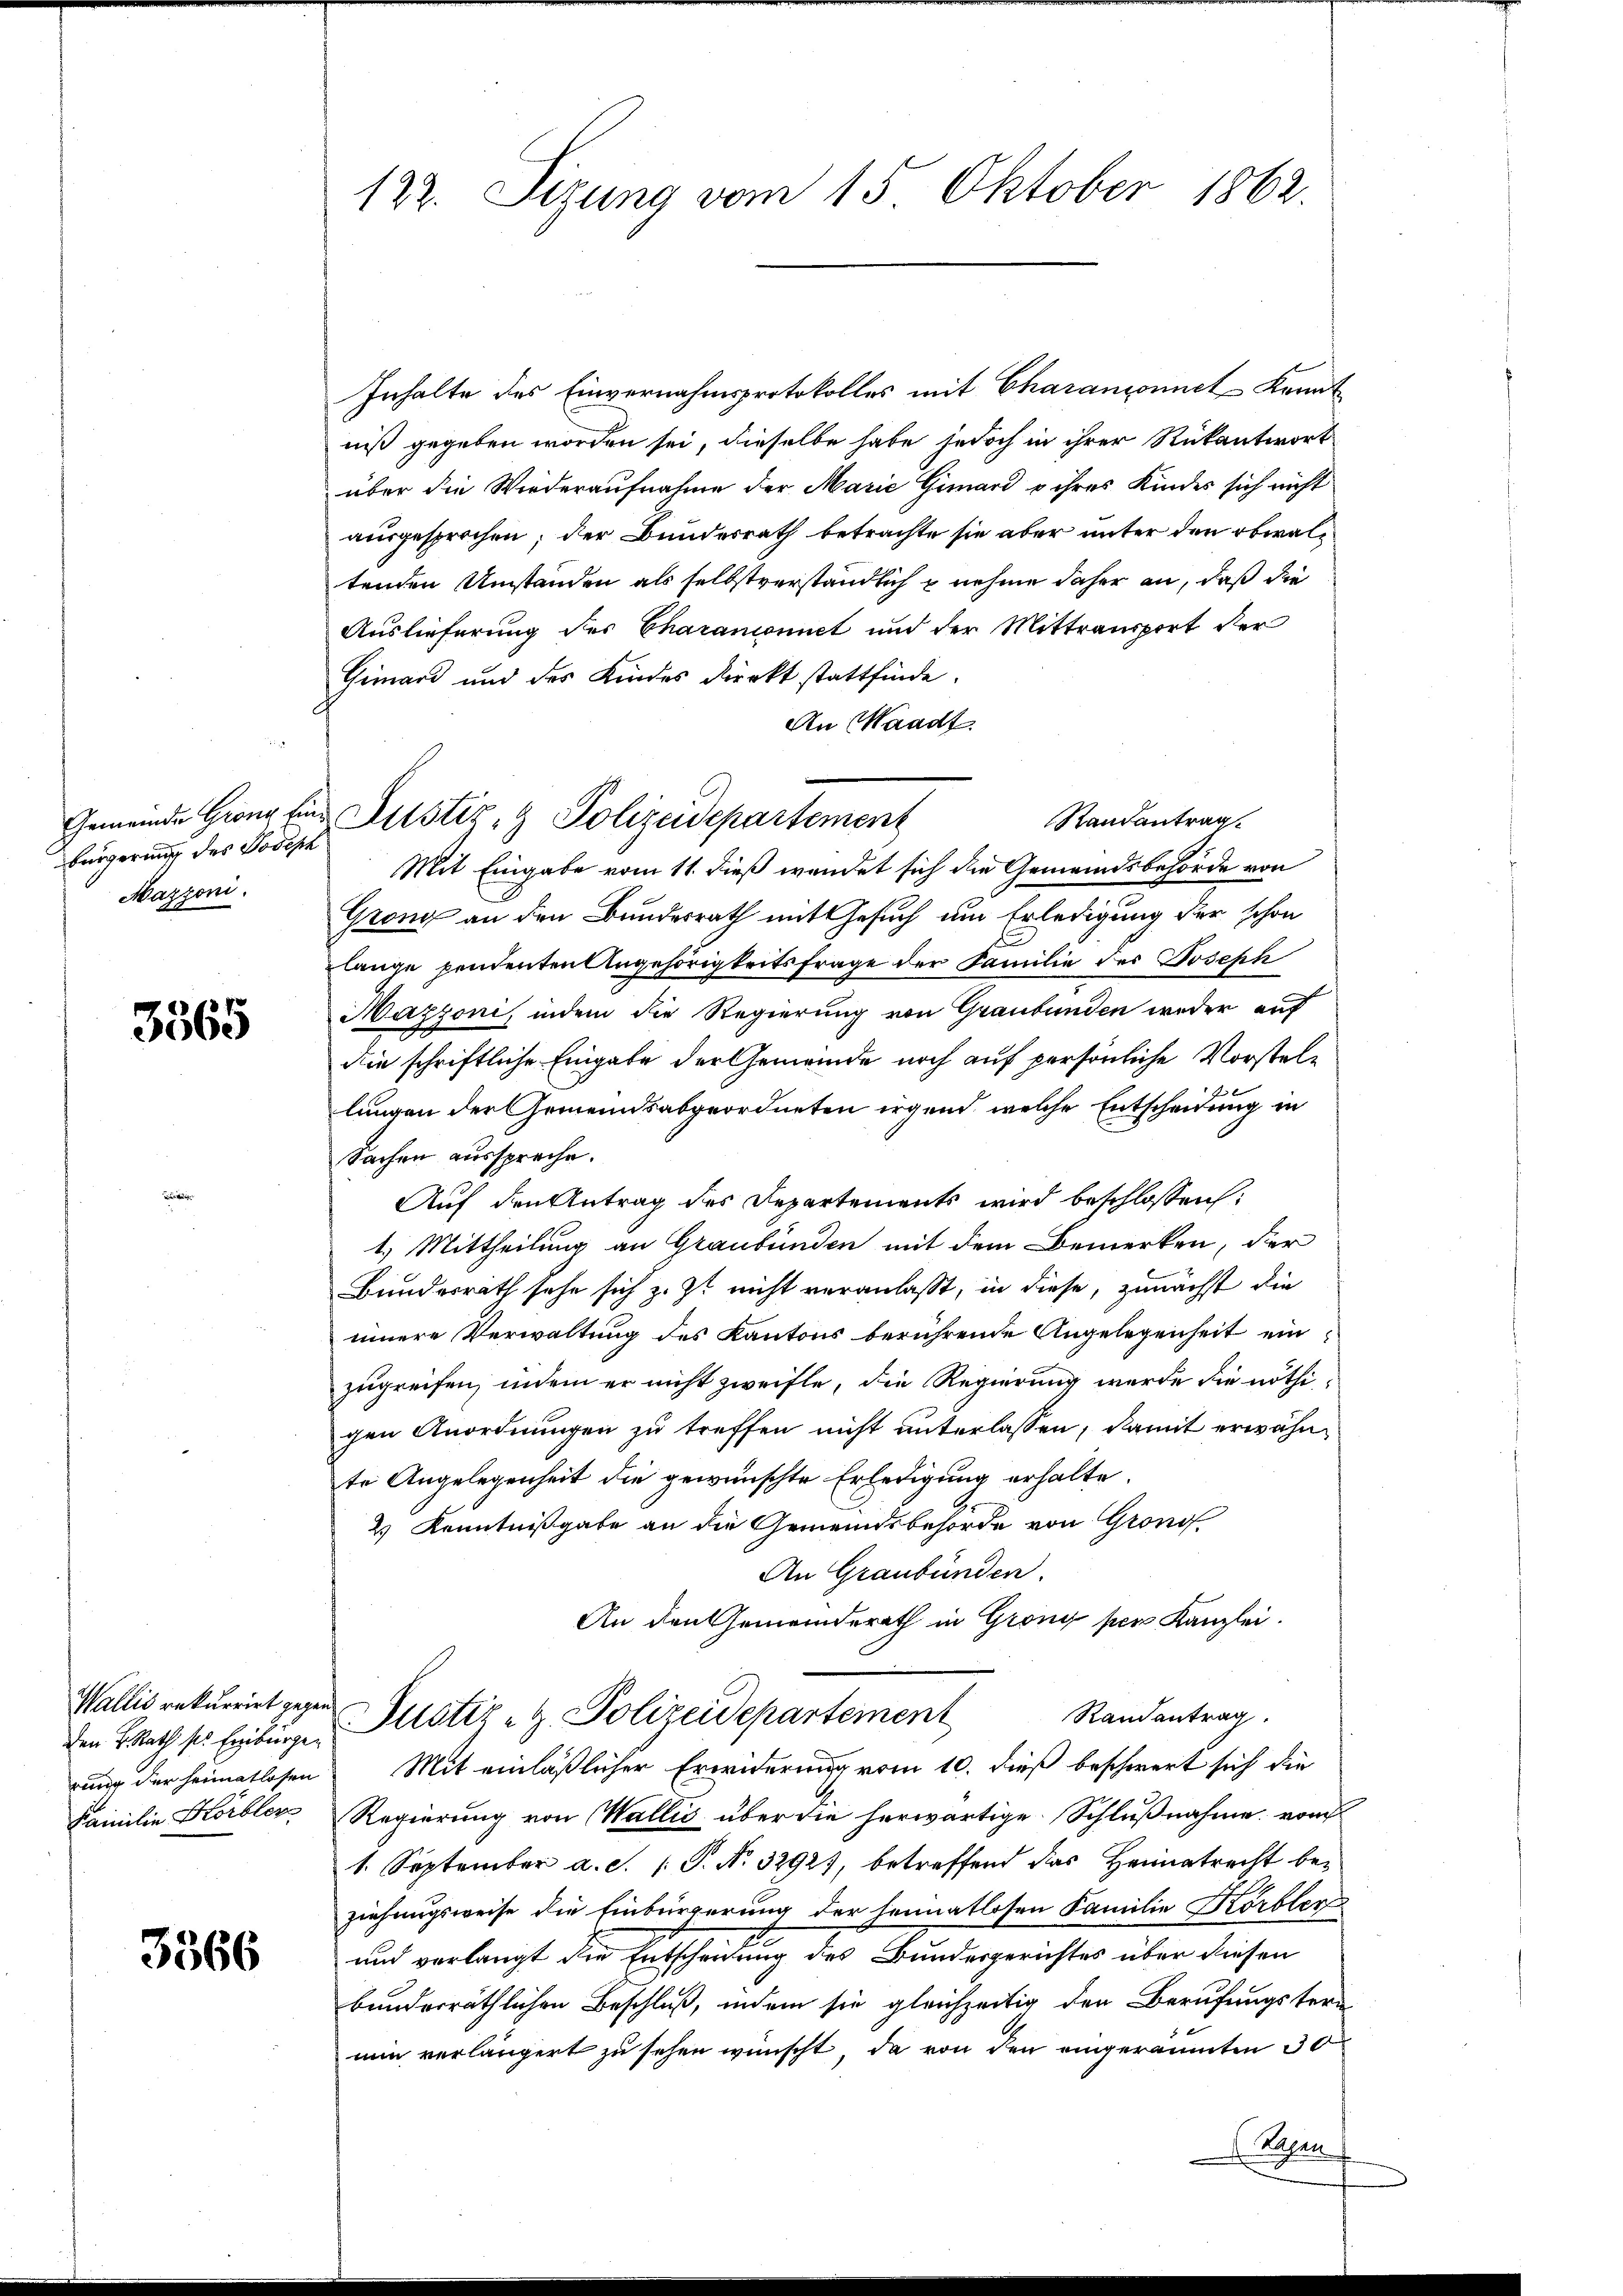
bürgerung des Joseph
Mazzoni.

3565

den B. Rath sr. Einbürger
Familie Hörbler

3366

122. Sizung vom 15. Oktober 1862.

Inhalte des Einvernahmsprotokolles mit Charansonnet kannt
niß gegeben worden sei, dieselbe habe jedoch in ihrer Rückantwort
über die Wiederaufnahme der Marie Gimari o ihres Kindes sich nicht
ausgesprochen; der Bundesrath betrachte sie aber unter den obwaltenden Umständen als selbstverständlich unehme daher an, daß die
Auslieferung des Charanionnet und der Mittransport der
Gimard und des Kindes direkt stattfinde.
An Waadt.
Randantrag
Mit Eingabe vom 11. dieß wendet sich die Gemeindsbehörde von
Grong an den Bundesrath mit Gesuch um Erledigung der schon
lange pendenten Angehörigkeits frage der Familie des Joseph
Mazzoni, indem die Regierung von Graubünden weder auf
die schriftliche Eingabe der Gemeinde noch auf persönliche Vorstellungen der Gemeindsabgeordneten irgend, welche Entscheidung in
Sachen ausspreche.
Auf den Antrag des Departements wird beschlossen:
1.) Mittheilung an Graubünden mit dem Bemerken, der
Bundesrath sehe sich z. Zt. nicht veranlaßt, in diese, zunächst die
innere Verwaltung des Kantons berührende Angelegenheit einzugreifen, indem er nicht zweifle, die Regierung werde die nöthigen Anordnungen zu treffen nicht unterlassen, damit erwähnte Angelegenheit die gewünschte Erledigung erhalte.
2) Kenntnißgabe an die Gemeindsbehörde von Grono
An Graubünden.
An den Gemeinderath in Gröng per Kanzlei.
Wallis rekurriet gegen Justiz- & Polizeidepartement
Randantrag.
rung der Heimatlosen Mit einläßlicher Erwiderung vom 10. dieß beschwert sich die
Regierung von Wallis über die herwärtige. Schlußnahme vom
1. September a.c. (T. No. 32927, betreffend das Heimatrecht beziehungsweise die Einbürgerung der seimatlosen Familie Körbler
und verlangt die Entscheidung des Bundesgerichtes über diesen
bunderräthlichen Beschluß, indem sie gleichzeitig den Berufungster-
nun verlängert zu sehen wünscht, da von den eingeräumten 30
Kachen

Gemeinde Grenz für Justiz- & Polizeidepartement